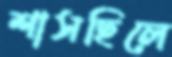
শাসছিলে